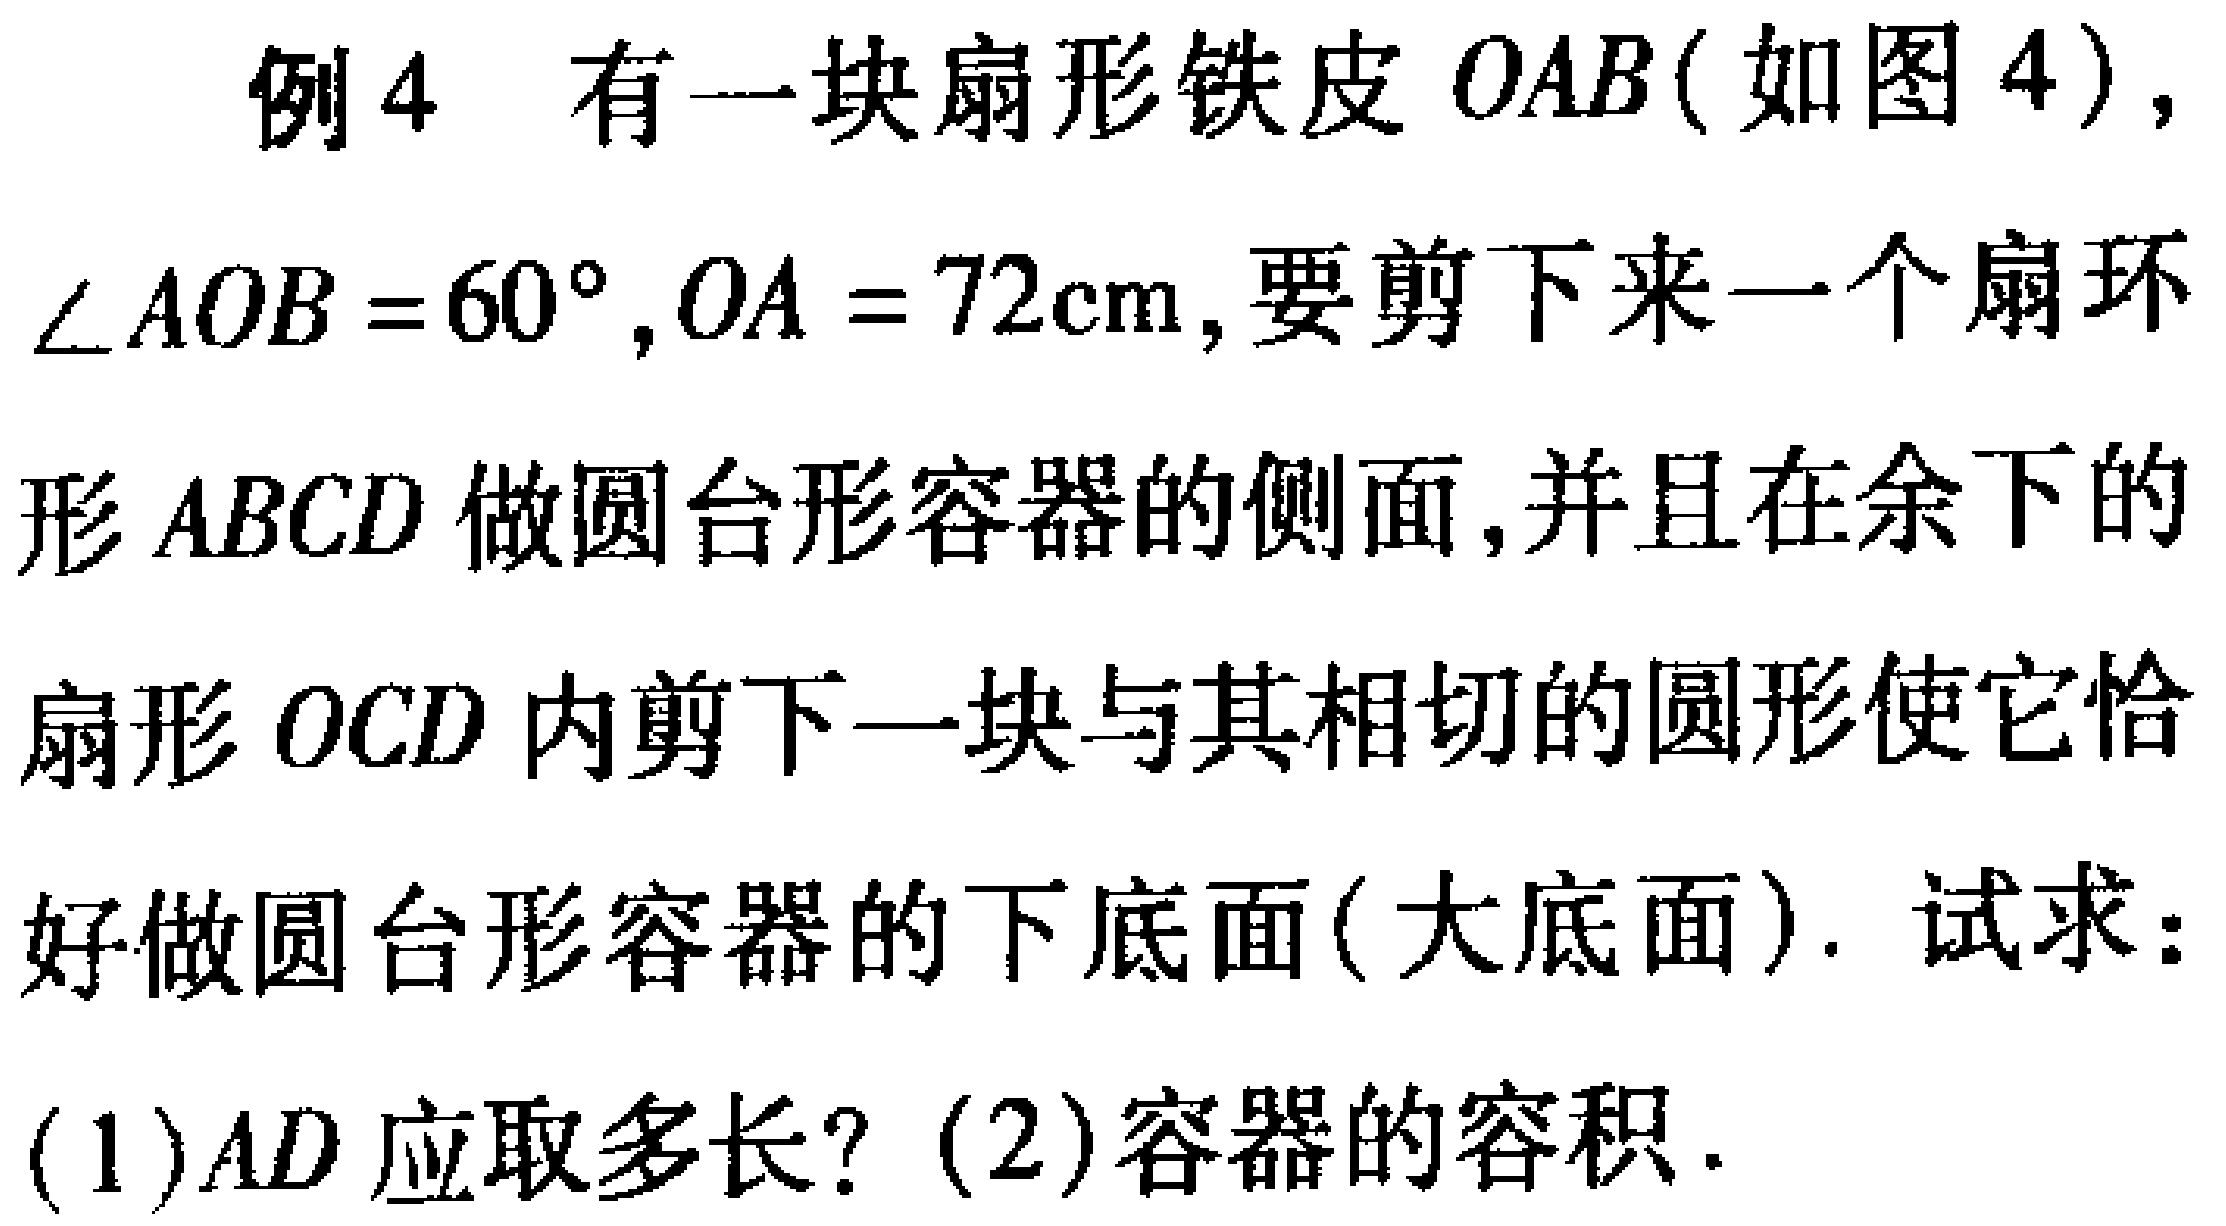
例4 有一块扇形铁皮 \(OAB\)（如图4），\(\angle AOB = 60^{\circ},OA = 72\text{cm}\)，要剪下来一个扇环形 \(ABCD\) 做圆台形容器的侧面，并且在余下的扇形 \(OCD\) 内剪下一块与其相切的圆形使它恰好做圆台形容器的下底面（大底面）. 试求：
(1)\(AD\) 应取多长？(2)容器的容积.